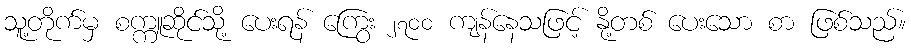
သူ့တိုက်မှ စက္ကူဆိုင်သို့ ပေးရန် ကြွေး ၂၇၀၀ ကျန်နေသဖြင့် နို့တစ် ပေးသော စာ ဖြစ်သည်။